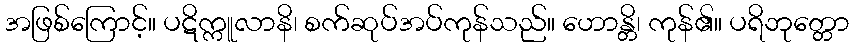
အဖြစ်ကြောင့်။ ပဋိက္ကူလာနိ၊ စက်ဆုပ်အပ်ကုန်သည်။ ဟောန္တိ၊ ကုန်၏။ ပရိဘုတ္တော